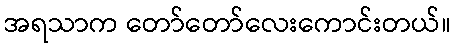
အရသာက တော်တော်လေးကောင်းတယ်။